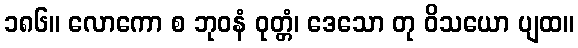
၁၈၆။ လောကော စ ဘုဝနံ ဝုတ္တံ၊ ဒေသော တု ဝိသယော ပျထ။